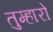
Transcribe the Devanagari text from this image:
तुम्‍हारो